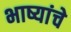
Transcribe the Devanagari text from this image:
भाष्यांचे